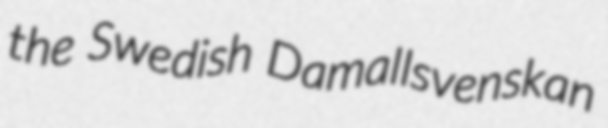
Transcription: the Swedish Damallsvenskan